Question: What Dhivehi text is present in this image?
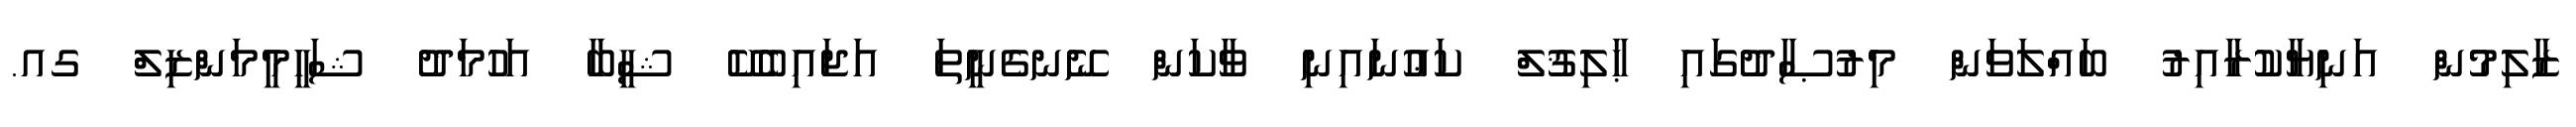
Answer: ޒާލިމުން އަނިޔާކުރާއިރު ބައްލަވަން މިރުޞާދުގައި ޙާލިޤުލް ކަޢުނައިނި ވާކަން ނޭނގެނީތަ އަޖައިބެކޭ ޝީބާ އަހުމަދު ޝަހީމީމަންޒިލް ގއ.